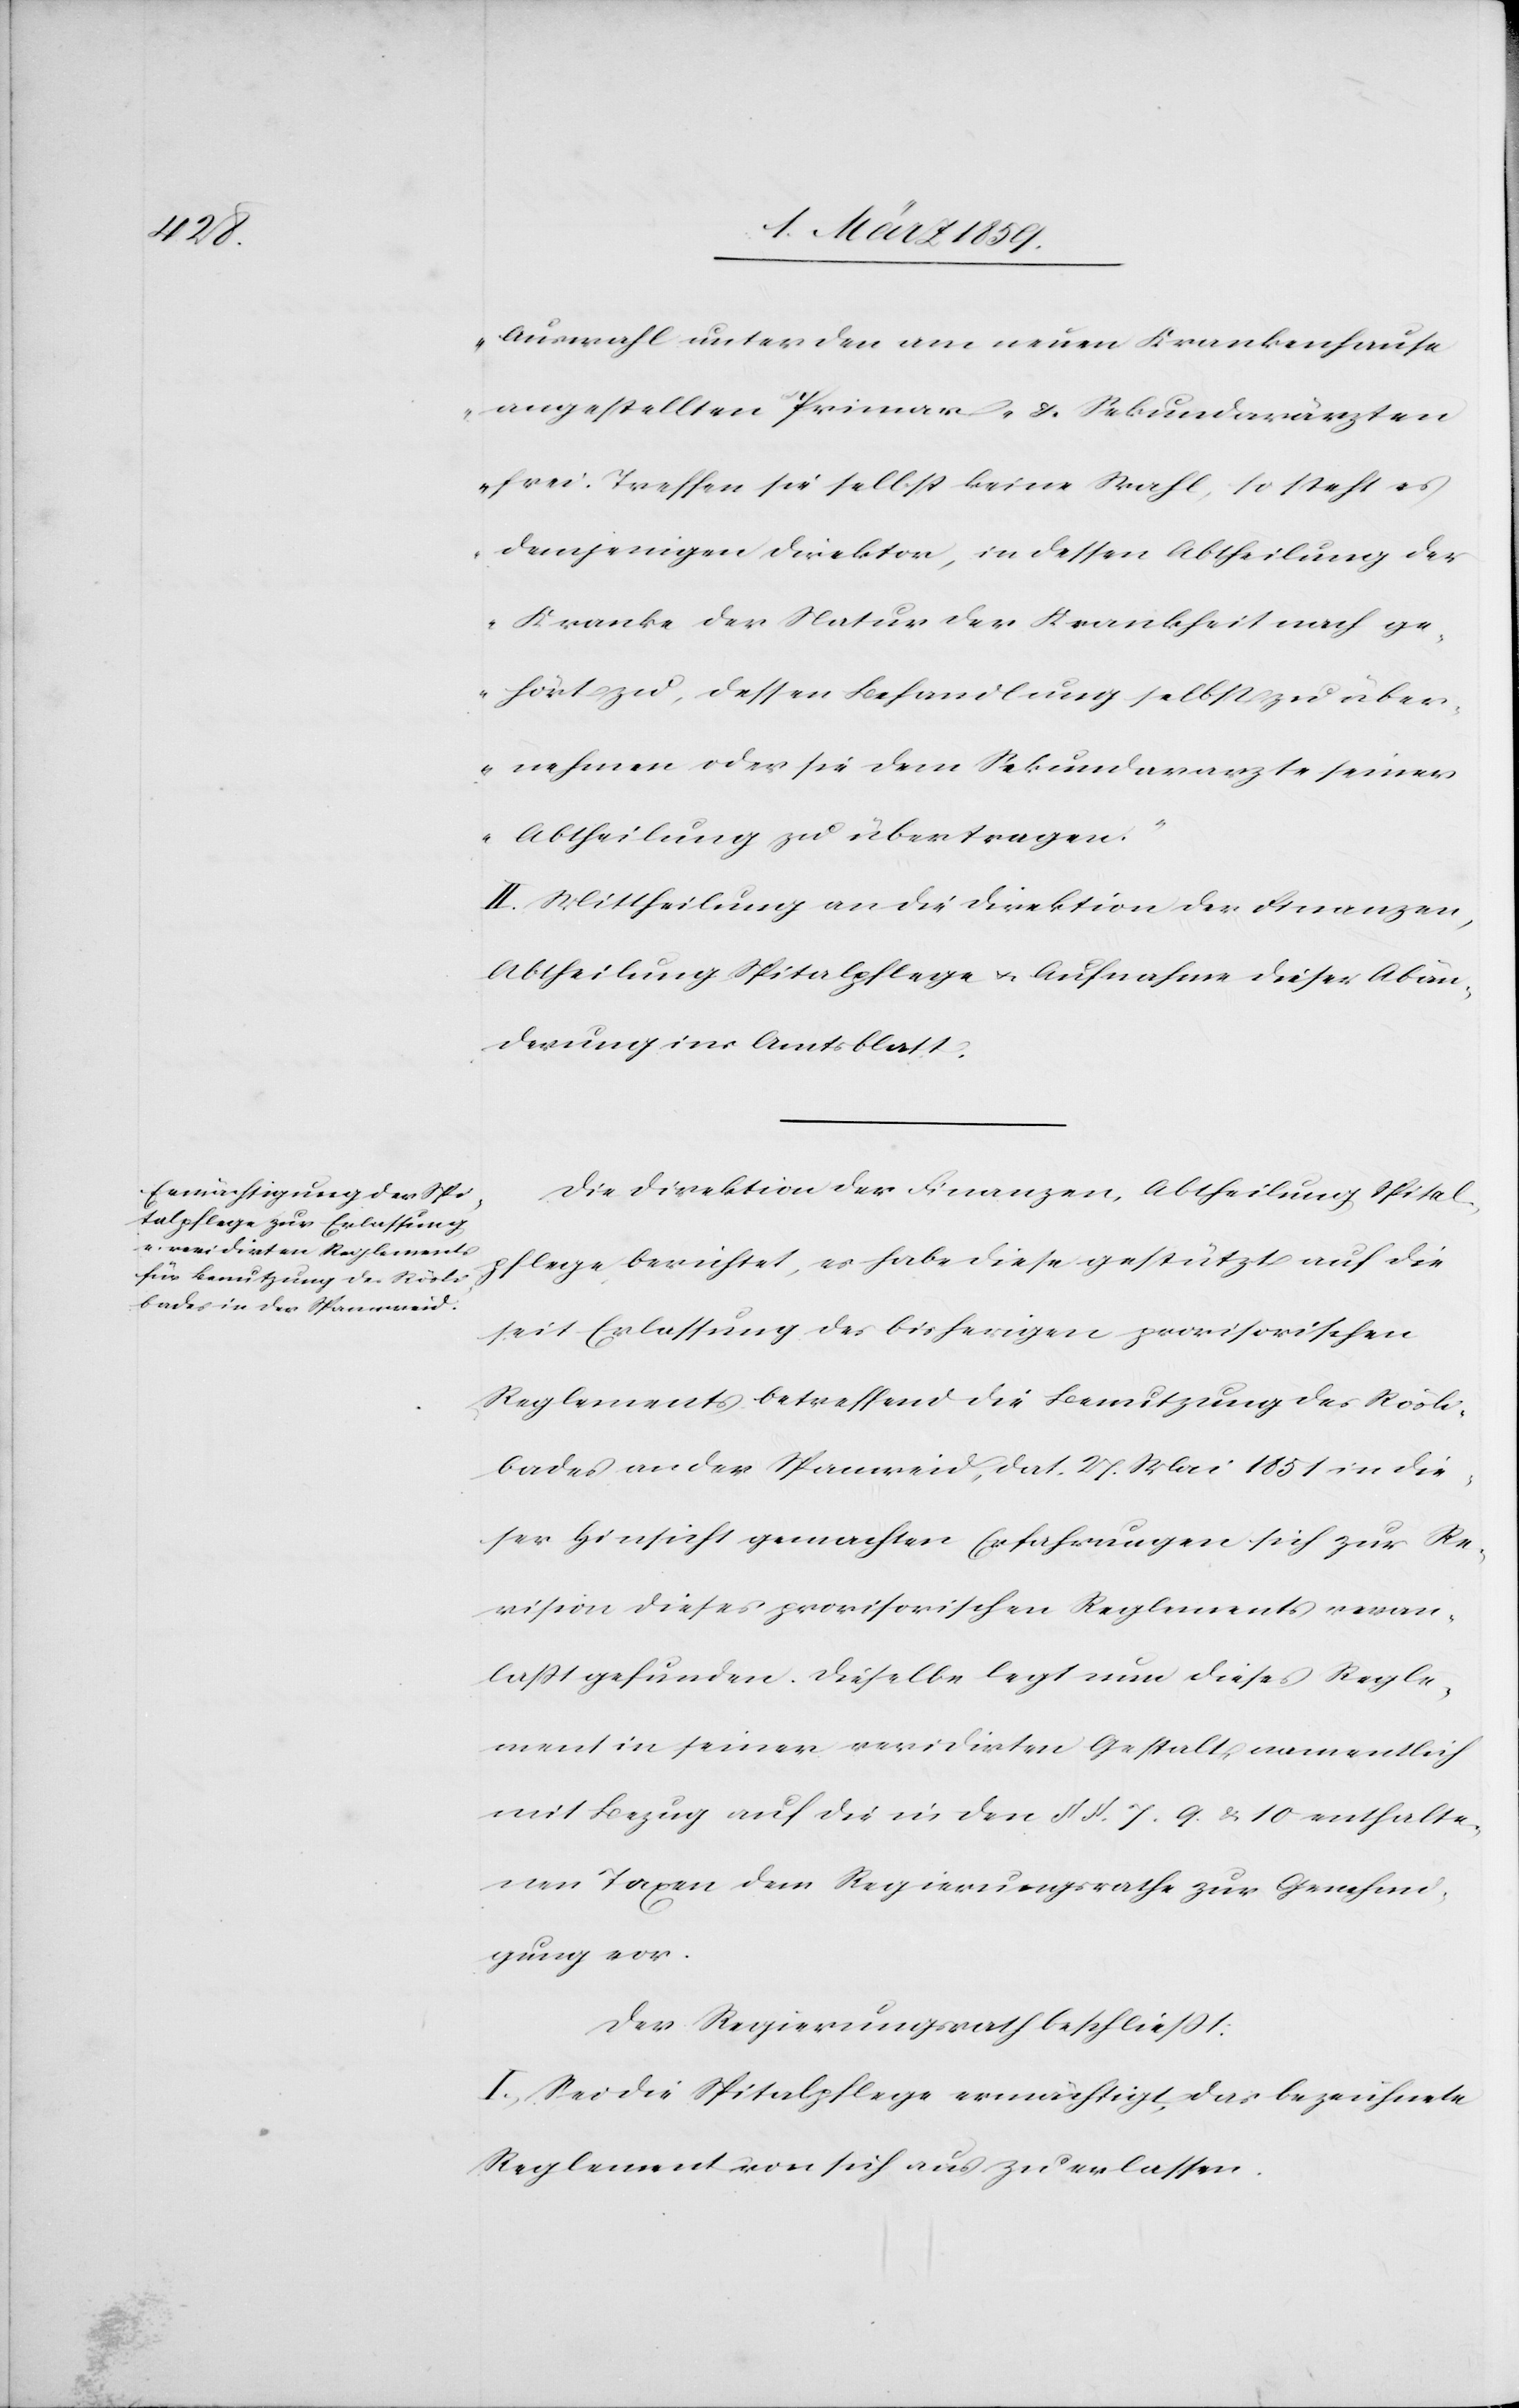
Auswahl unter den am neuen Krankenhause
angestellten Primar- & Sekundarärzten
frei. Treffen sie selbst keine Wahl, so steht es
demjenigen Direktor, in dessen Abtheilung der
Kranke der Natur der Krankheit nach ge¬
hört zu, dessen Behandlung selbst zu über¬
nehmen oder sie dem Sekundararzte seiner
Abtheilung zu übertragen.“
II. Mittheilung an die Direktion der Finanzen,
Abtheilung Spitalpflege u. Aufnahme dieser Abän¬
derung ins Amtsblatt.
Die Direktion der Finanzen, Abtheilung Spital¬
pflege berichtet, es habe diese gestützt auf die
seit Erlassung des bisherigen provisorischen
Reglements betreffend die Benutzung des Rösli¬
bades an der Spanweid, dat. 28. Mai 1851 in die¬
ser Hinsicht gemachten Erfahrungen sich zur Re¬
vision dieses provisorischen Reglements veran¬
laßt gefunden. Dieselbe legt nun dieses Regle¬
ment in seiner veridirten Gestalt namentlich
mit Bezug auf die in den §§. 7. 9 & 10 enthalte¬
nen Taxen dem Regierungsrathe zur Genehmi¬
gung vor.
Der Regierungsrath beschließt:
I. Sei die Spitalpflege ermächtigt, das bezeichnete
Reglement von sich aus zu erlassen.